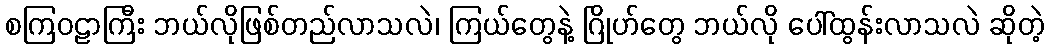
စကြဝဠာကြီး ဘယ်လိုဖြစ်တည်လာသလဲ၊ ကြယ်တွေနဲ့ ဂြိုဟ်တွေ ဘယ်လို ပေါ်ထွန်းလာသလဲ ဆိုတဲ့